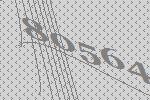
80564